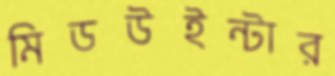
মিডউইন্টার